Lunatic asylums Punjab 1895-1910 - 1895-1910
Year: 1895
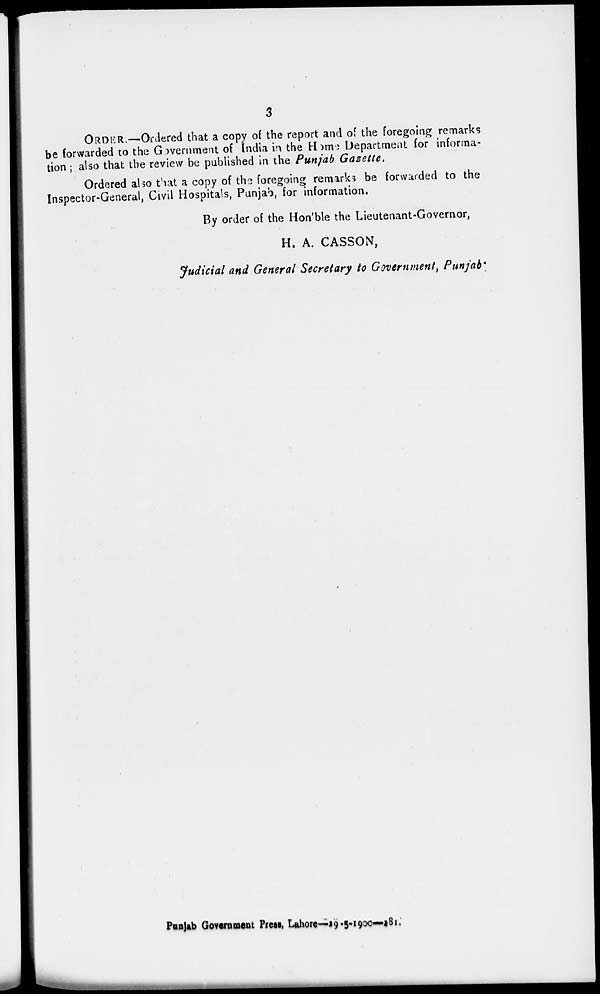
3
ORDER.—Ordered that a copy of the report and of the foregoing remarks
be forwarded to the Government of India in the Home Department for informa-
tion ; also that the review be published in the Punjab Gazette.
Ordered also that a copy of the foregoing remarks be forwarded to the
Inspector-General, Civil Hospitals, Punjab, for information.
By order of the Hon'ble the Lieutenant-Governor,
H. A. CASSON,
Judicial and General Secretary to Government, Punjab.
Punjab Government Press, Lahore—19-5-1900-181.